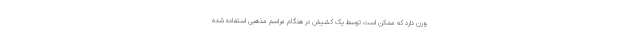
وزن دارد که ممکن است توسط یک کشیش در هنگام مراسم مذهبی استفاده شده